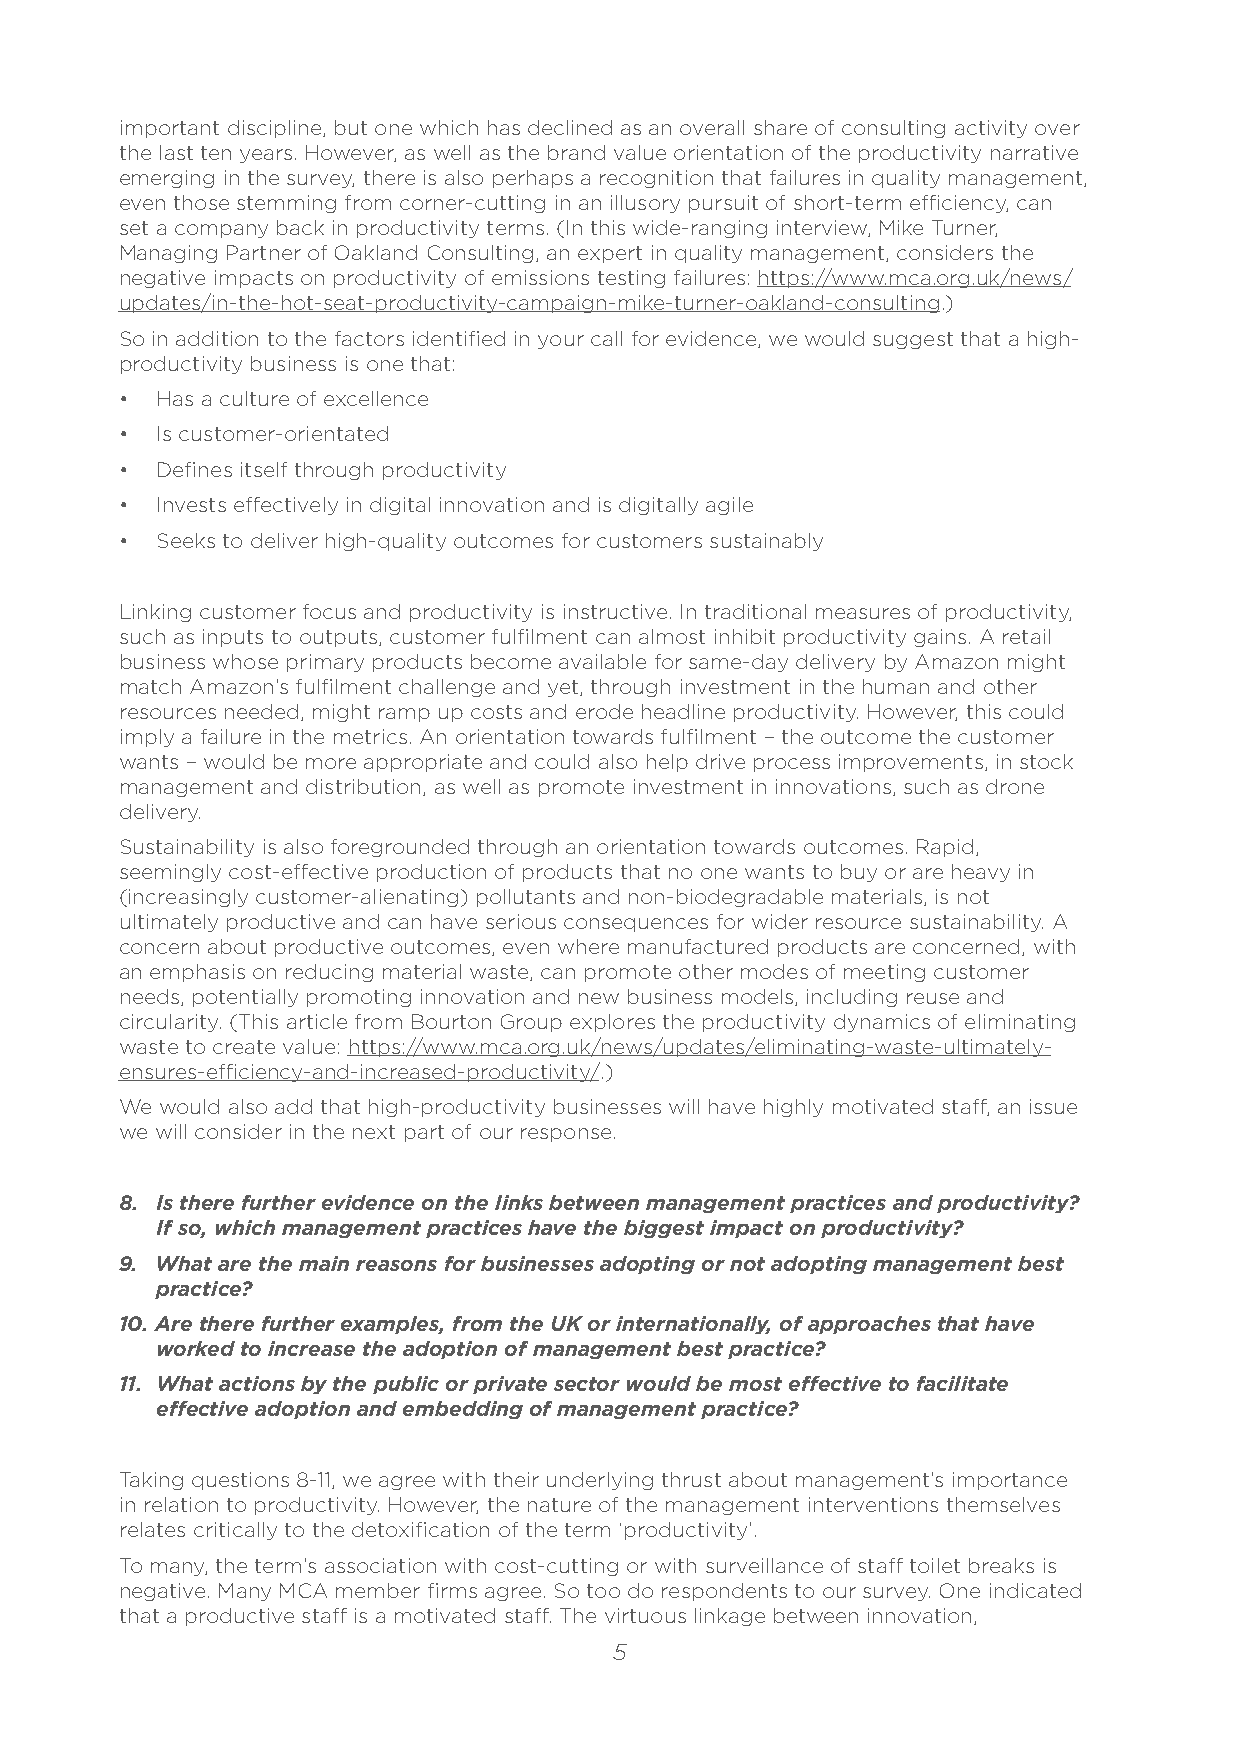
important discipline, but one which has declined as an overall share of consulting activity over
 the last ten years. However, as well as the brand value orientation of the productivity narrative
 emerging in the survey, there is also perhaps a recognition that failures in quality management,
 even those stemming from corner-cutting in an illusory pursuit of short-term efficiency, can
 set a company back in productivity terms. (In this wide-ranging interview, Mike Turner,
 Managing Partner of Oakland Consulting, an expert in quality management, considers the
 negative impacts on productivity of emissions testing failures: https://www.mca.org.uk/news/
 updates/in-the-hot-seat-productivity-campaign-mike-turner-oakland-consulting.)
 So in addition to the factors identified in your call for evidence, we would suggest that a high-
 productivity business is one that:
 • Has a culture of excellence
 • Is customer-orientated
 • Defines itself through productivity
 • Invests effectively in digital innovation and is digitally agile
 • Seeks to deliver high-quality outcomes for customers sustainably
 Linking customer focus and productivity is instructive. In traditional measures of productivity,
 such as inputs to outputs, customer fulfilment can almost inhibit productivity gains. A retail
 business whose primary products become available for same-day delivery by Amazon might
 match Amazon’s fulfilment challenge and yet, through investment in the human and other
 resources needed, might ramp up costs and erode headline productivity. However, this could
 imply a failure in the metrics. An orientation towards fulfilment – the outcome the customer
 wants – would be more appropriate and could also help drive process improvements, in stock
 management and distribution, as well as promote investment in innovations, such as drone
 delivery.
 Sustainability is also foregrounded through an orientation towards outcomes. Rapid,
 seemingly cost-effective production of products that no one wants to buy or are heavy in
 (increasingly customer-alienating) pollutants and non-biodegradable materials, is not
 ultimately productive and can have serious consequences for wider resource sustainability. A
 concern about productive outcomes, even where manufactured products are concerned, with
 an emphasis on reducing material waste, can promote other modes of meeting customer
 needs, potentially promoting innovation and new business models, including reuse and
 circularity. (This article from Bourton Group explores the productivity dynamics of eliminating
 waste to create value: https://www.mca.org.uk/news/updates/eliminating-waste-ultimately-
 ensures-efficiency-and-increased-productivity/.)
 We would also add that high-productivity businesses will have highly motivated staff, an issue
 we will consider in the next part of our response.
 8. Is there further evidence on the links between management practices and productivity?
 If so, which management practices have the biggest impact on productivity?
 9. What are the main reasons for businesses adopting or not adopting management best
 practice?
 10. Are there further examples, from the UK or internationally, of approaches that have
 worked to increase the adoption of management best practice?
 11. What actions by the public or private sector would be most effective to facilitate
 effective adoption and embedding of management practice?
 Taking questions 8-11, we agree with their underlying thrust about management’s importance
 in relation to productivity. However, the nature of the management interventions themselves
 relates critically to the detoxification of the term ‘productivity’.
 To many, the term’s association with cost-cutting or with surveillance of staff toilet breaks is
 negative. Many MCA member firms agree. So too do respondents to our survey. One indicated
 that a productive staff is a motivated staff. The virtuous linkage between innovation,
 5